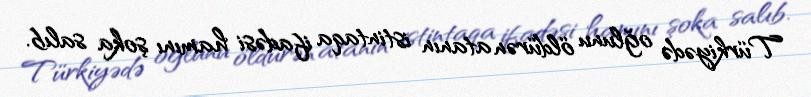
Türkiyədə oğlunu öldürən atanın istintaqa ifadəsi hamını şoka salıb.